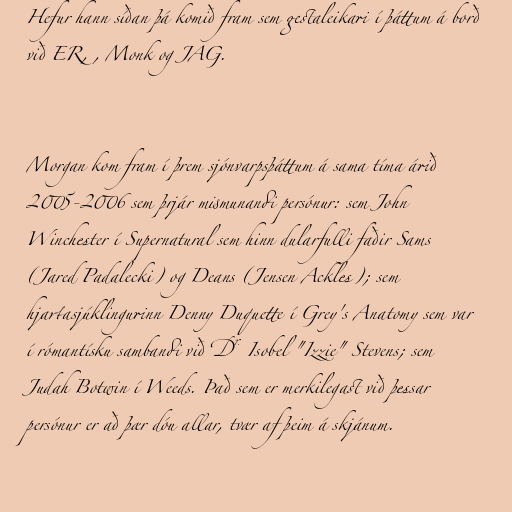
Hefur hann síðan þá komið fram sem gestaleikari í þáttum á borð
við ER, , Monk og JAG.

Morgan kom fram í þrem sjónvarpsþáttum á sama tíma árið
2005-2006 sem þrjár mismunandi persónur: sem John
Winchester í Supernatural sem hinn dularfulli faðir Sams
(Jared Padalecki) og Deans (Jensen Ackles); sem
hjartasjúklingurinn Denny Duquette í Grey's Anatomy sem var
í rómantísku sambandi við Dr. Isobel "Izzie" Stevens; sem
Judah Botwin í Weeds. Það sem er merkilegast við þessar
persónur er að þær dóu allar, tvær af þeim á skjánum.